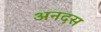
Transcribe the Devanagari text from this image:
अनदस